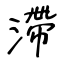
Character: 滯